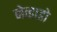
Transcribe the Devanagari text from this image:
नेव्हाडो